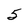
Character: 5